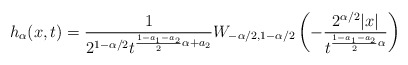
\begin{align*}h_{\alpha}(x,t)=\frac{1}{2^{1-\alpha/2}t^{\frac{1-a_1-a_2}{2}\alpha+a_2}} W_{-\alpha/2, 1-\alpha/2}\left(-\frac{2^{\alpha/2}|x|}{t^{\frac{1-a_1-a_2}{2}\alpha}}\right)\end{align*}